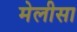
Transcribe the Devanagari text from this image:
मेलीसा